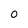
Character: o